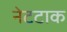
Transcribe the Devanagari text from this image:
नेटटाक